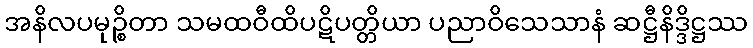
အနိလပမုဉ္စိတာ သမထဝီထိပဋိပတ္တိယာ ပညာဝိသေသာနံ ဆဋ္ဌီနိဒ္ဒိဋ္ဌဿ